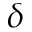
\delta